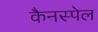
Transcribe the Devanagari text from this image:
कैनस्पेल